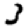
Digit: 3